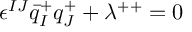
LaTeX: \epsilon ^ { I J } \bar { q } _ { I } ^ { + } q _ { J } ^ { + } + \lambda ^ { + + } = 0